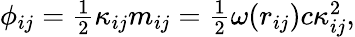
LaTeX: \begin{array}{r}{\phi_{ij}=\frac 12\kappa_{ij}m_{ij}=\frac 12\omega(r_{ij})c\kappa_{ij}^{2},}\end{array}